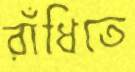
রাঁধিতে